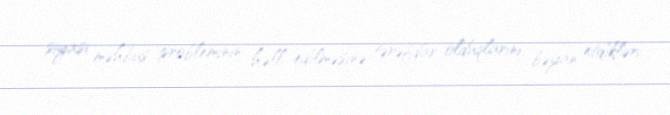
siyasi məhbus probleminin həll edilməsinə tərəfdar olduqlarını bəyan etdikləri